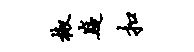
椒嶷扣